Report on vaccination in the Province of Bengal - 1869-1873
Year: 1869
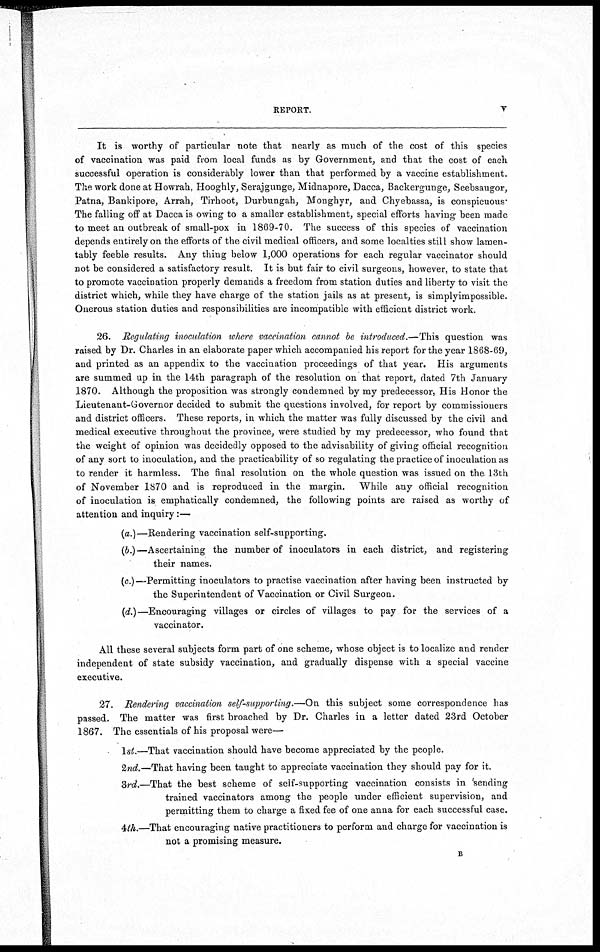
REPORT.
v
It is worthy of particular note that nearly as much of the cost of this species
of vaccination was paid from local funds as by Government, and that the cost of each
successful operation is considerably lower than that performed by a vaccine establishment.
The work done at Howrah, Hooghly, Serajgunge, Midnapore, Dacca, Backergunge, Seebsaugor,
Patna, Bankipore, Arrah, Tirhoot, Durbungah, Monghyr, and Chyebassa, is conspicuous.
The falling off at Dacca is owing to a smaller establishment, special efforts having been made
to meet an outbreak of small-pox in 1869-70. The success of this species of vaccination
depends entirely on the efforts of the civil medical officers, and some localties still show lamen-
tably feeble results. Any thing below 1,000 operations for each regular vaccinator should
not be considered a satisfactory result. It is but fair to civil surgeons, however, to state that
to promote vaccination properly demands a freedom from station duties and liberty to visit the
district which, while they have charge of the station jails as at present, is simplyimpossible.
Onerous station duties and responsibilities are incompatible with efficient district work.
26. Regulating inoculation where vaccination cannot be introduced.—This question was
raised by Dr. Charles in an elaborate paper which accompanied his report for the year 1868-69,
and printed as an appendix to the vaccination proceedings of that year. His arguments
are summed up in the 14th paragraph of the resolution on that report, dated 7th January
1870. Although the proposition was strongly condemned by my predecessor, His Honor the
Lieutenant-Governor decided to submit the questions involved, for report by commissioners
and district officers. These reports, in which the matter was fully discussed by the civil and
medical executive throughout the province, were studied by my predecessor, who found that
the weight of opinion was decidedly opposed to the advisability of giving official recognition
of any sort to inoculation, and the practicability of so regulating the practice of inoculation as
to render it harmless. The final resolution on the whole question was issued on the 13th
of November 1870 and is reproduced in the margin. While any official recognition
of inoculation is emphatically condemned, the following points are raised as worthy of
attention and inquiry :—
(a.)—Rendering vaccination self-supporting.
(b.)—Ascertaining the number of inoculators in each district, and registering
their names.
(c.)—Permitting inoculators to practise vaccination after having been instructed by
the Superintendent of Vaccination or Civil Surgeon.
(d.)—Encouraging villages or circles of villages to pay for the services of a
vaccinator.
All these several subjects form part of one scheme, whose object is to localize and render
independent of state subsidy vaccination, and gradually dispense with a special vaccine
executive.
27. Rendering vaccination self-supporting.—On this subject some correspondence has
passed. The matter was first broached by Dr. Charles in a letter dated 23rd October
1867. The essentials of his proposal were—
1st.—That vaccination should have become appreciated by the people.
2nd.—That having been taught to appreciate vaccination they should pay for it.
3rd.—That the best scheme of self-supporting vaccination consists in 'sending
trained vaccinators among the people under efficient supervision, and
permitting them to charge a fixed fee of one anna for each successful case.
4th.—That encouraging native practitioners to perform and charge for vaccination is
not a promising measure.
B